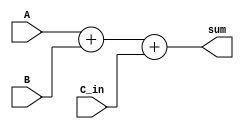
module fixed_point_adder(
    input signed [15:0] A,
    input signed [15:0] B,
    input signed [15:0] C_in,
    output signed [15:0] sum
);

reg signed [15:0] block1_result;
reg signed [15:0] sum;

// Block 1
always @(*) begin
    block1_result = A + B;
end

// Block 2
always @(*) begin
    sum = block1_result + C_in;
end

endmodule